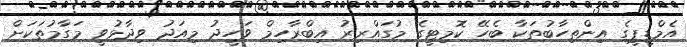
އެމްޑީޕީގެ އިންތިހާބުތަކާ ބެހޭ ކޮމިޓީގެ މުގައްރިރު އިބްރާހިމް ވަހީދު މިއަދު ވިދާޅުވީ މަގާމުތަކަށް